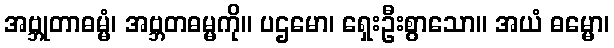
အဗ္ဘုတာဓမ္မံ၊ အဗ္ဘတဓမ္မကို။ ပဌမော၊ ရှေးဦးစွာသော။ အယံ ဓမ္မော၊